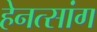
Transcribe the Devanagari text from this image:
हेनत्सांग